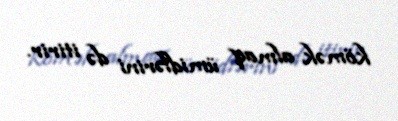
kömək almaq ümidlərini də itirir.